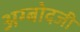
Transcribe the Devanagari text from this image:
अग्बोदजी